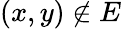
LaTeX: (x,y)\notin E